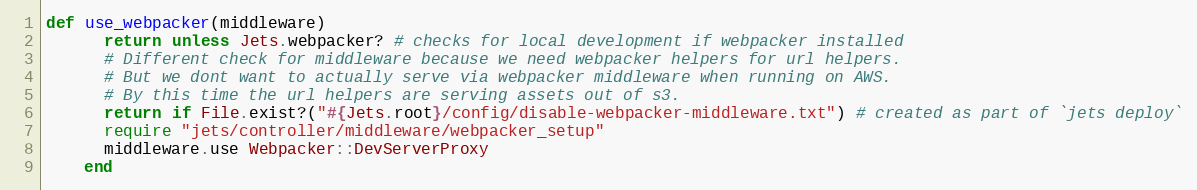
Language: Ruby
def use_webpacker(middleware)
      return unless Jets.webpacker? # checks for local development if webpacker installed
      # Different check for middleware because we need webpacker helpers for url helpers.
      # But we dont want to actually serve via webpacker middleware when running on AWS.
      # By this time the url helpers are serving assets out of s3.
      return if File.exist?("#{Jets.root}/config/disable-webpacker-middleware.txt") # created as part of `jets deploy`
      require "jets/controller/middleware/webpacker_setup"
      middleware.use Webpacker::DevServerProxy
    end